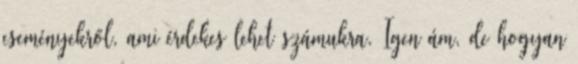
eseményekről, ami érdekes lehet számukra. Igen ám, de hogyan